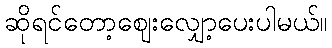
ဆိုရင်တော့ဈေးလျှော့ပေးပါမယ်။